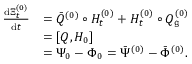
\begin{array} { r l } { \frac { \mathrm { d } \Xi _ { t } ^ { ( 0 ) } } { \mathrm { d } t } } & { = \Bar { Q } ^ { ( 0 ) } \circ H _ { t } ^ { ( 0 ) } + H _ { t } ^ { ( 0 ) } \circ Q _ { \mathfrak g } ^ { ( 0 ) } } \\ & { = [ Q , H _ { 0 } ] } \\ & { = \Psi _ { 0 } - \Phi _ { 0 } = \Bar { \Psi } ^ { ( 0 ) } - \Bar { \Phi } ^ { ( 0 ) } . } \end{array}